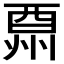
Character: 𨠩